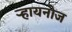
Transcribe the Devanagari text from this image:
ऱ्हायनोज